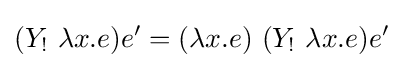
(Y_{!}\ \lambda x.e)e'=(\lambda x.e)\ (Y_{!}\ \lambda x.e)e'